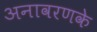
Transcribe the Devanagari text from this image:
अनावरणके